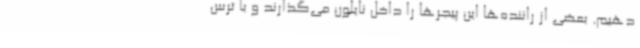
دهیم. بعضی از راننده‌ها این پیجرها را داخل نایلون می‌گذارند و با ترس